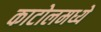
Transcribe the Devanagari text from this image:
काटोलमध्ये